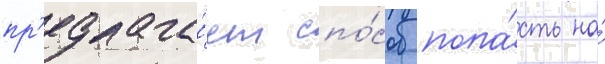
пр'едлага́ет спо́соб попа́сть на́